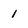
Character: 1